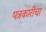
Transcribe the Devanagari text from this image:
पत्रकारीचा